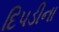
દિપડીના